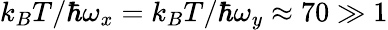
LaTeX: k_{B}T/\hbar\omega_{x}=k_{B}T/\hbar\omega_{y}\approx 70\gg 1